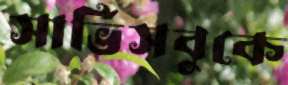
সার্ভিসবুকে